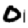
Digit: 0